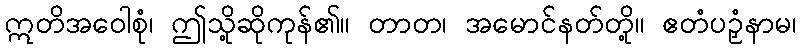
ဣတိအဝေါစုံ၊ ဤသို့ဆိုကုန်၏။ တာတ၊ အမောင်နတ်တို့။ ဧတံပဉှံနာမ၊